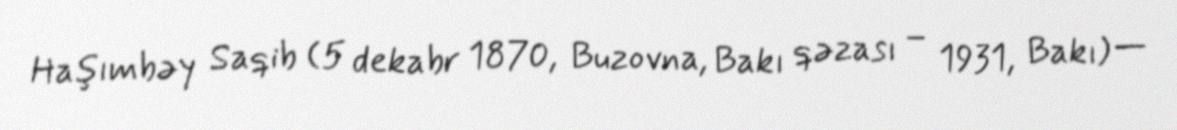
Haşımbəy Saqib (5 dekabr 1870, Buzovna, Bakı qəzası – 1931, Bakı) —